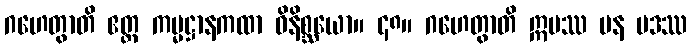
ဂဟေတွာတိ ဧတ္ထ ကမ္မဋ္ဌာနကထာ ဝိနိစ္ဆယော။ ၄၈။ ဂဟေတွာတိ ဣမဿ ပန ပဒဿ